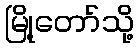
မြို့တော်သို့